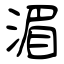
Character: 湄